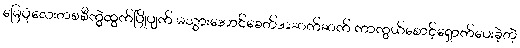
မြေပုံလေးတစစီကွဲထွက်ပြိုပျက် မသွားအောင်ခေတ်အဆက်ဆက် ကာကွယ်စောင့်ရှောက်ပေးခဲ့တဲ့